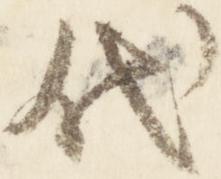
代